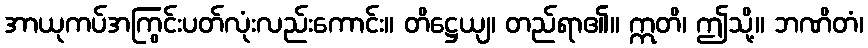
အာယုကပ်အကြွင်းပတ်လုံးလည်းကောင်း။ တိဋ္ဌေယျ၊ တည်ရာ၏။ ဣတိ၊ ဤသို့။ ဘဏိတံ၊